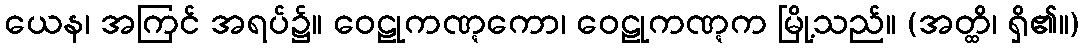
ယေန၊ အကြင် အရပ်၌။ ဝေဠုကဏ္ဋကော၊ ဝေဠုကဏ္ဋက မြို့သည်။ (အတ္ထိ၊ ရှိ၏။)